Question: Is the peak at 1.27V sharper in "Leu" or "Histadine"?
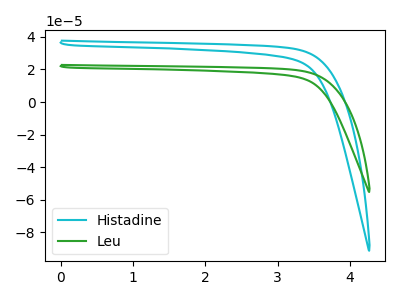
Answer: <think>The cyan curve "Histadine" has no peaks. The green curve "Leu" has no peaks.</think>
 <answer>"Leu" and "Histadine" dont share a peak at 1.27V.</answer>
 <eval>mismatch</eval>